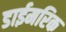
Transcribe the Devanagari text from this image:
डाईमरिक